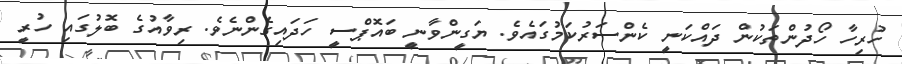
ހުރިހާ ހޯދުންތަކުން ދައްކަނީ ކެންސަރުކަމުގައެވެ. ޔަގީންވާނީ ބައޮޕްސީ ހަދައިގެންނެވެ. ރިވާއުގެ ބޮލުގައި ހުރީ